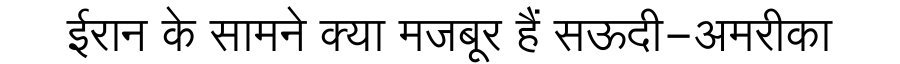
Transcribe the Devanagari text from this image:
ईरान के सामने क्या मजबूर हैं सऊदी-अमरीका